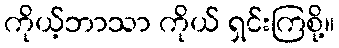
ကိုယ့်ဘာသာ ကိုယ် ရှင်းကြစို့။